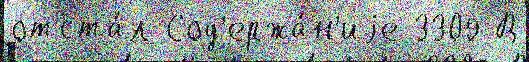
отста́л Сод'ержа́н'иjе 3309 В